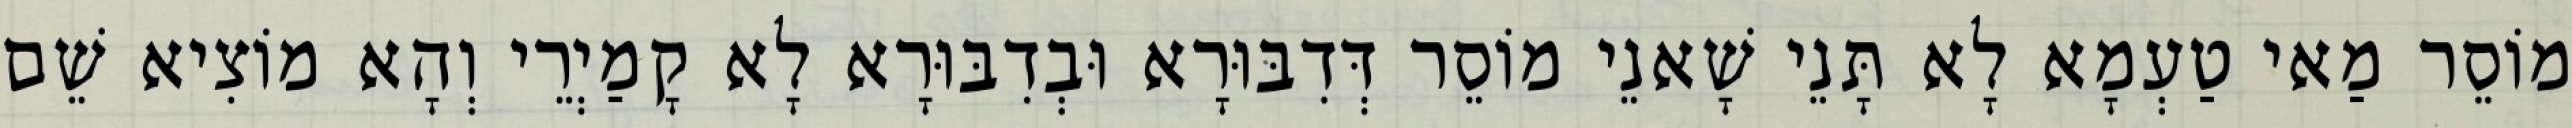
מוֹסֵר מַאי טַעְמָא לָא תָּנֵי שָׁאנֵי מוֹסֵר דְּדִבּוּרָא וּבְדִבּוּרָא לָא קָמַיְרֵי וְהָא מוֹצִיא שֵׁם